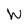
Character: W